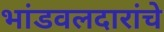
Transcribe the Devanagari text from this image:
भांडवलदारांचे